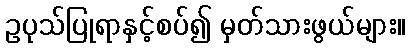
ဥပုသ်ပြုရာနှင့်စပ်၍ မှတ်သားဖွယ်များ။